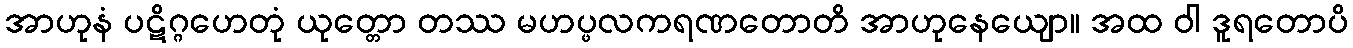
အာဟုနံ ပဋိဂ္ဂဟေတုံ ယုတ္တော တဿ မဟပ္ဖလကရဏတောတိ အာဟုနေယျော။ အထ ဝါ ဒူရတောပိ